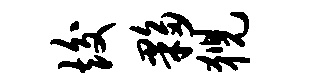
竣夥猊